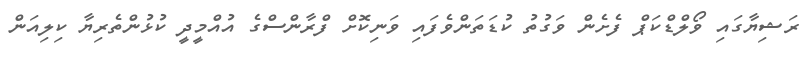
ރަޝިޔާގައި ވޯލްޑްކަޕް ފެށެން ވަގުތު ކުޑަތަންވެފައި ވަނިކޮށް ފްރާންސްގެ އުއްމީދީ ކުޅުންތެރިޔާ ކިލިއަން